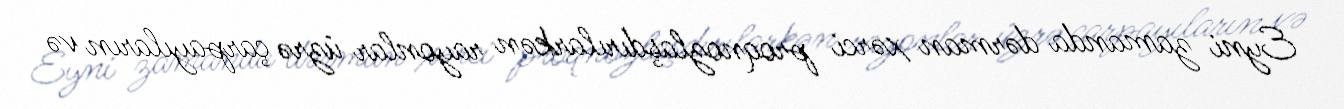
Eyni zamanda dərman xərci proqnozlaşdırılarkən rayonlar üzrə çarpayıların və